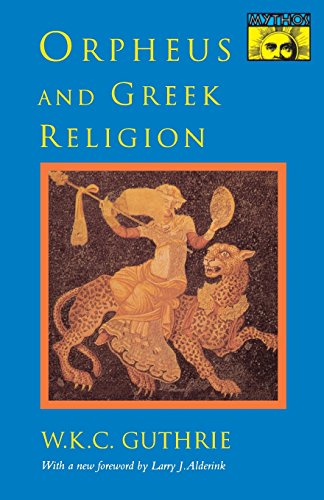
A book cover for Orpheus and Greek Religion (Mythos Books); William Keith Guthrie; Religion & Spirituality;